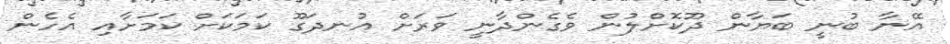
އޭނާ ބުނީ ބަޔާން ދޫކޮށްލުން ވެގެންދާނީ ވަރަށް އުނދަގޫ ކަމަކަށް ކަމަށާއި އެހެން